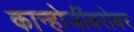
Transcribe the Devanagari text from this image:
कान्होजींबरोबर